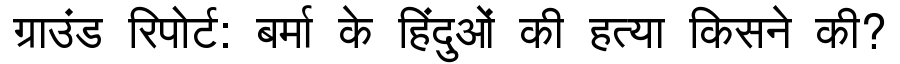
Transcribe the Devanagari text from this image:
ग्राउंड रिपोर्ट: बर्मा के हिंदुओं की हत्या किसने की?